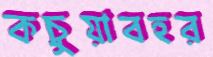
কচুয়াবহর